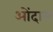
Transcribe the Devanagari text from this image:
ओंदास